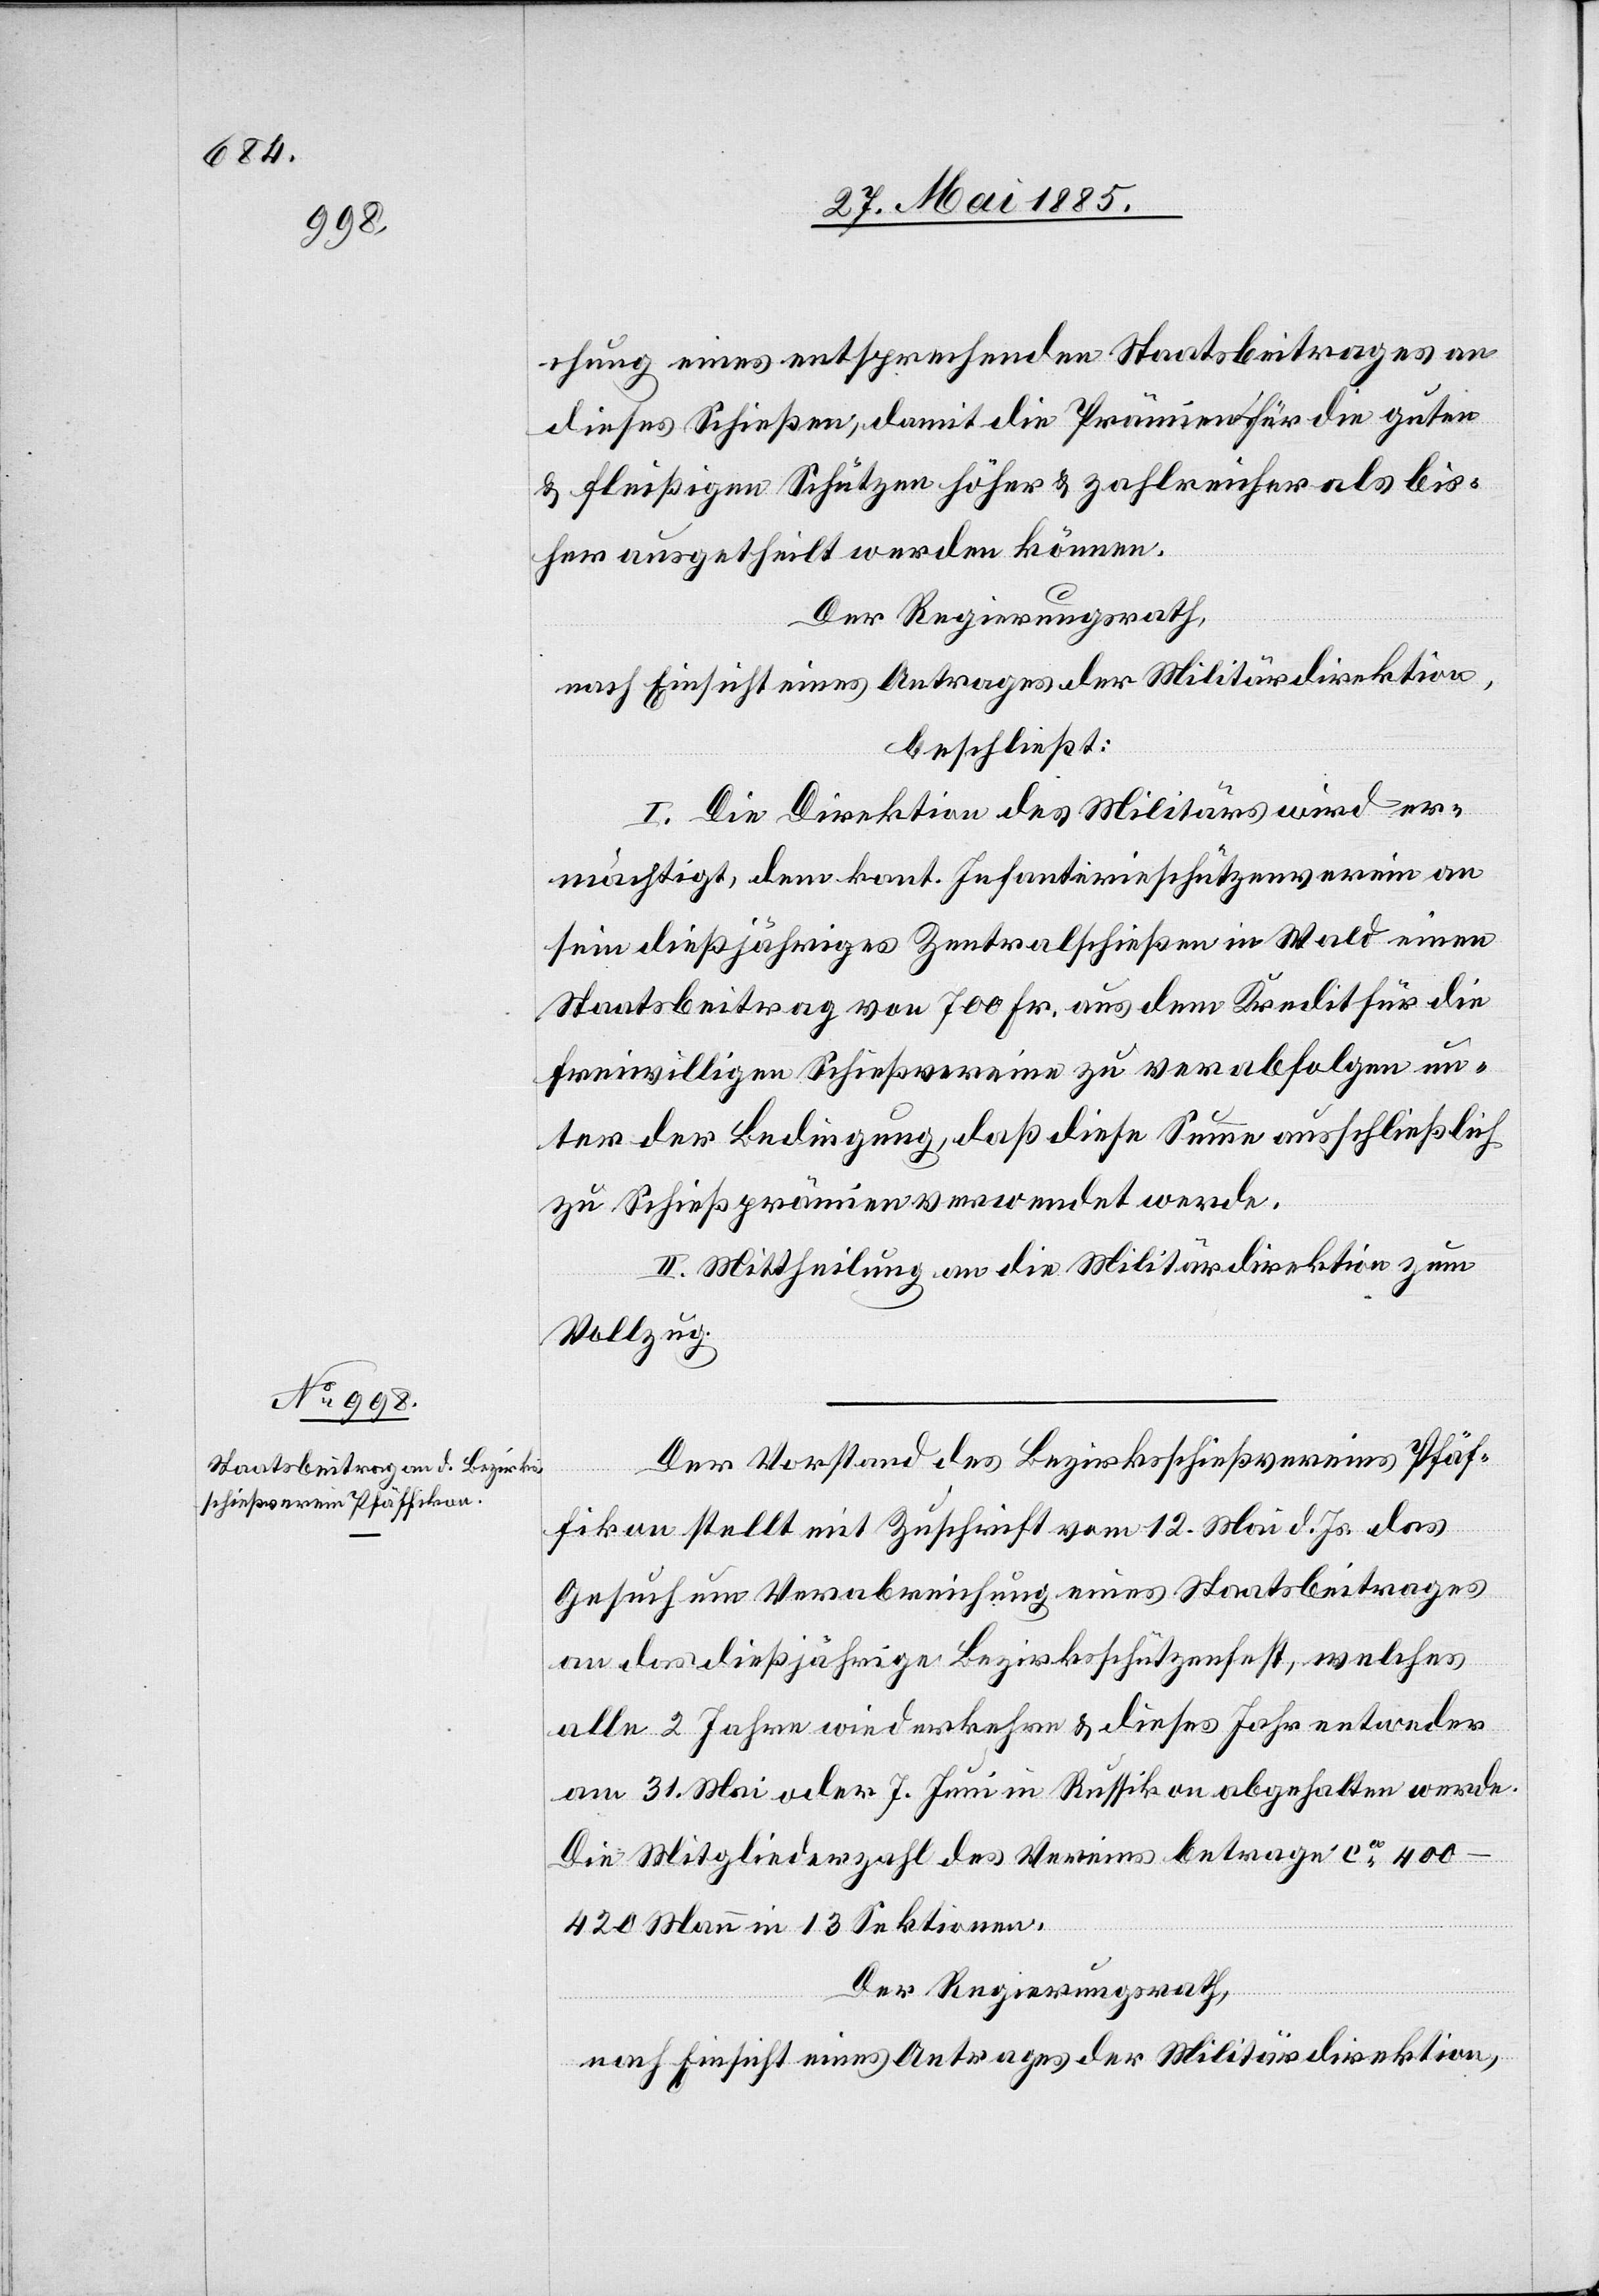
chung eines entsprechenden Staatsbeitrages an
dieses Schießen, damit die Prämien für die guten
& fleißigen Schützen höher & zahlreicher als bis¬
her ausgetheilt werden können.
Der Regierungsrath,
nach Einsicht eines Antrages der Militärdirektion,
beschließt:
I. Die Direktion des Militärs wird er¬
mächtigt, dem kant. Infanterieschützenverein an
sein dießjähriges Zentralschießen in Wald einen
Staatsbeitrag von 700 Fr. aus dem Kredit für die
freiwilligen Schießvereine zu verabfolgen un¬
ter der Bedingung, daß diese Summe ausschließlich
zu Schießprämien verwendet werde.
II. Mittheilung an die Militärdirektion zum
Vollzug.
Der Vorstand des Bezirksschießvereins Pfäf¬
fikon stellt mit Zuschrift vom 12. Mai d. Js. das
Gesuch um Verabreichung eines Staatsbeitrages
an das dießjährige Bezirksschützenfest, welches
alle 2 Jahre wiederkehre & dieses Jahr entweder
am 31. Mai oder 7. Juni in Russikon abgehalten werde.
Die Mitgliederzahl des Vereins betrage ca 400–420
Männer in 13 Sektionen.
Der Regierungsrath,
nach Einsicht eines Antrages der Militärdirektion,